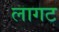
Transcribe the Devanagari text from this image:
लागट